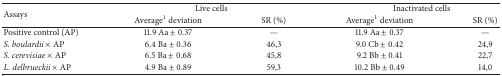
| <ROWSPAN=2> Assays | <COLSPAN=2> Live cells | <COLSPAN=2> Inactivated cells |
 | Average1 deviation | SR (%) | Average1 deviation | SR (%) |
 | --- | --- | --- | --- | --- |
 | Positive control (AP) | 11.9 Aa ± 0.37 | — | 11.9 Aa ± 0.37 | — |
 | S. boulardii × AP | 6.4 Ba ± 0.36 | 46,3 | 9.0 Cb ± 0.42 | 24,9 |
 | S. cerevisiae × AP | 6.5 Ba ± 0.68 | 45,8 | 9.2 Bb ± 0.41 | 22,7 |
 | L. delbrueckii × AP | 4.9 Ba ± 0.89 | 59,3 | 10.2 Bb ± 0.49 | 14,0 |